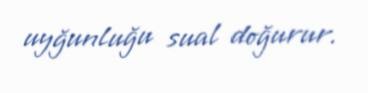
uyğunluğu sual doğurur.